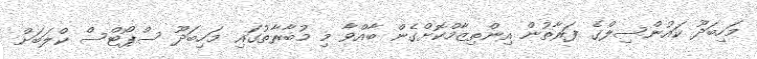
މަހިބަދޫ ކައުންސިލްގެ ފަރާތުން އިންތިޒާމްކޮށްގެން ބާއްވާ މި މުބާރާތުގައި މަހިބަދޫ ސްޕޯޓްސް ކްލަބަށް